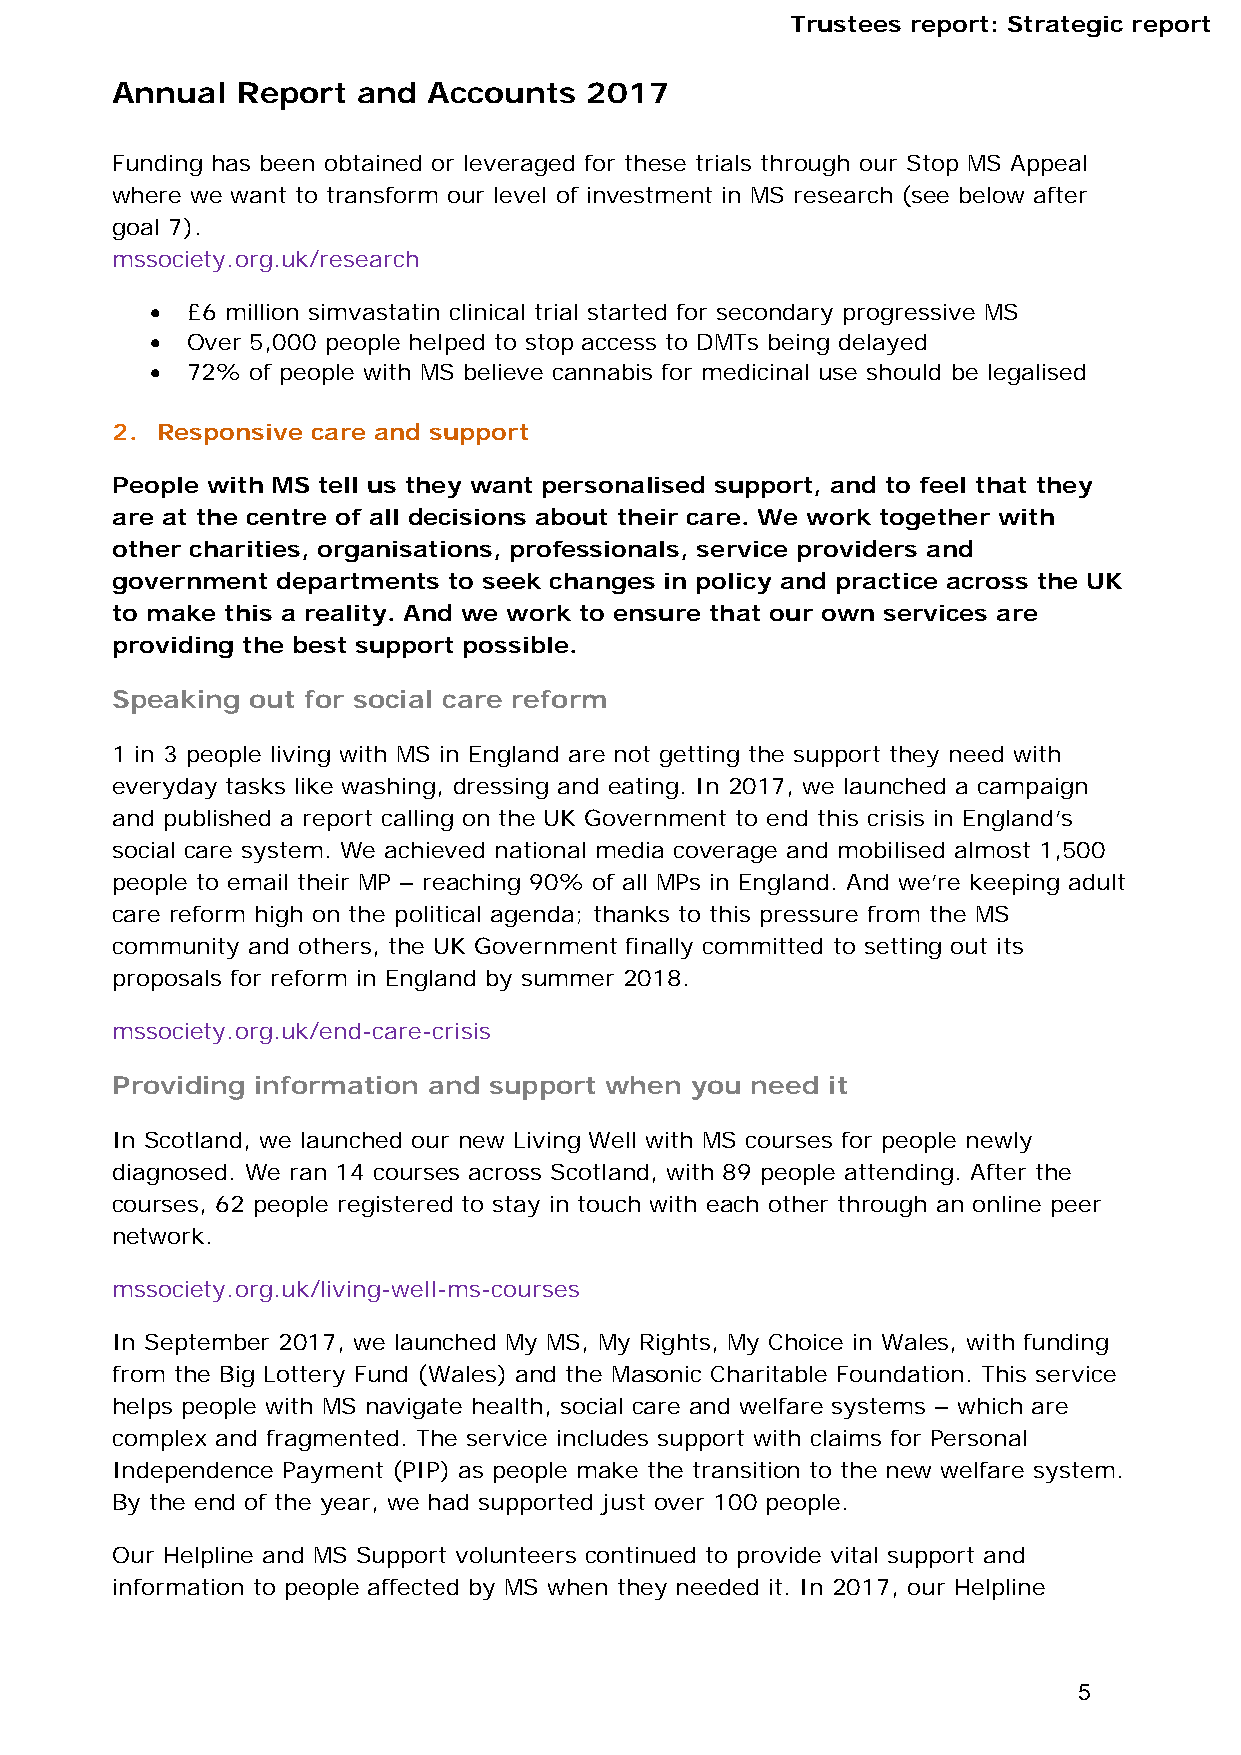
Trustees report: Strategic report
 Annual   Report  and Accounts   2017
 Funding has been obtained or leveraged for these trials through our Stop MS Appeal
 where we want to transform our level of investment in MS research (see below after
 goal 7).
 mssociety.org.uk/research
  £6 million simvastatin clinical trial started for secondary progressive MS
  Over 5,000 people helped to stop access to DMTs being delayed
  72% of people with MS believe cannabis for medicinal use should be legalised
 2. Responsive care and support
 People with MS tell us they want personalised support, and to feel that they
 are at the centre of all decisions about their care. We work together with
 other charities, organisations, professionals, service providers and
 government departments to seek changes in policy and practice across the UK
 to make this a reality. And we work to ensure that our own services are
 providing the best support possible.
 Speaking  out for social care reform
 1 in 3 people living with MS in England are not getting the support they need with
 everyday tasks like washing, dressing and eating. In 2017, we launched a campaign
 and published a report calling on the UK Government to end this crisis in England’s
 social care system. We achieved national media coverage and mobilised almost 1,500
 people to email their MP – reaching 90% of all MPs in England. And we’re keeping adult
 care reform high on the political agenda; thanks to this pressure from the MS
 community and others, the UK Government finally committed to setting out its
 proposals for reform in England by summer 2018.
 mssociety.org.uk/end-care-crisis
 Providing information and support when you need it
 In Scotland, we launched our new Living Well with MS courses for people newly
 diagnosed. We ran 14 courses across Scotland, with 89 people attending. After the
 courses, 62 people registered to stay in touch with each other through an online peer
 network.
 mssociety.org.uk/living-well-ms-courses
 In September 2017, we launched My MS, My Rights, My Choice in Wales, with funding
 from the Big Lottery Fund (Wales) and the Masonic Charitable Foundation. This service
 helps people with MS navigate health, social care and welfare systems – which are
 complex and fragmented. The service includes support with claims for Personal
 Independence Payment (PIP) as people make the transition to the new welfare system.
 By the end of the year, we had supported just over 100 people.
 Our Helpline and MS Support volunteers continued to provide vital support and
 information to people affected by MS when they needed it. In 2017, our Helpline
 5